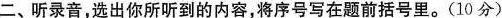
二、听录音，选出你所听到的内容，将序号写在题前括号里。(10分)